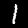
Label: 1